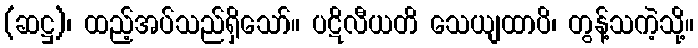
(ဆဋ္ဌ)၊ ထည့်အပ်သည်ရှိသော်။ ပဋိလီယတိ သေယျထာပိ၊ တွန့်သကဲ့သို့။